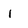
Character: i